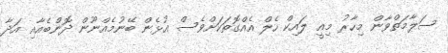
ސަލާމަތްވާން މިހާރު މިއީ ލައިކް ހެލް އެއްގޮތަކަށްވެސް އުޅެން ބޭނުމެއްނޫން ދޮންބެއާއި އަދާ